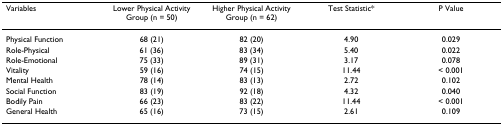
<table><thead><tr><td><b>Variables</b></td><td><b>Lower Physical Activity Group (n = 50)</b></td><td><b>Higher Physical Activity Group (n = 62)</b></td><td><b>Test Statistic*</b></td><td><b>P Value</b></td></tr></thead><tbody><tr><td>Physical Function</td><td>68 (21)</td><td>82 (20)</td><td>4.90</td><td>0.029</td></tr><tr><td>Role-Physical</td><td>61 (36)</td><td>83 (34)</td><td>5.40</td><td>0.022</td></tr><tr><td>Role-Emotional</td><td>75 (33)</td><td>89 (31)</td><td>3.17</td><td>0.078</td></tr><tr><td>Vitality</td><td>59 (16)</td><td>74 (15)</td><td>11.44</td><td>&lt; 0.001</td></tr><tr><td>Mental Health</td><td>78 (14)</td><td>83 (13)</td><td>2.72</td><td>0.102</td></tr><tr><td>Social Function</td><td>83 (19)</td><td>92 (18)</td><td>4.32</td><td>0.040</td></tr><tr><td>Bodily Pain</td><td>66 (23)</td><td>83 (22)</td><td>11.44</td><td>&lt; 0.001</td></tr><tr><td>General Health</td><td>65 (16)</td><td>73 (15)</td><td>2.61</td><td>0.109</td></tr></tbody></table>